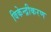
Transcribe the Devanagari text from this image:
विकेन्‍द्रीकरण